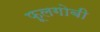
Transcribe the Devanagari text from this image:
फूलगोबी